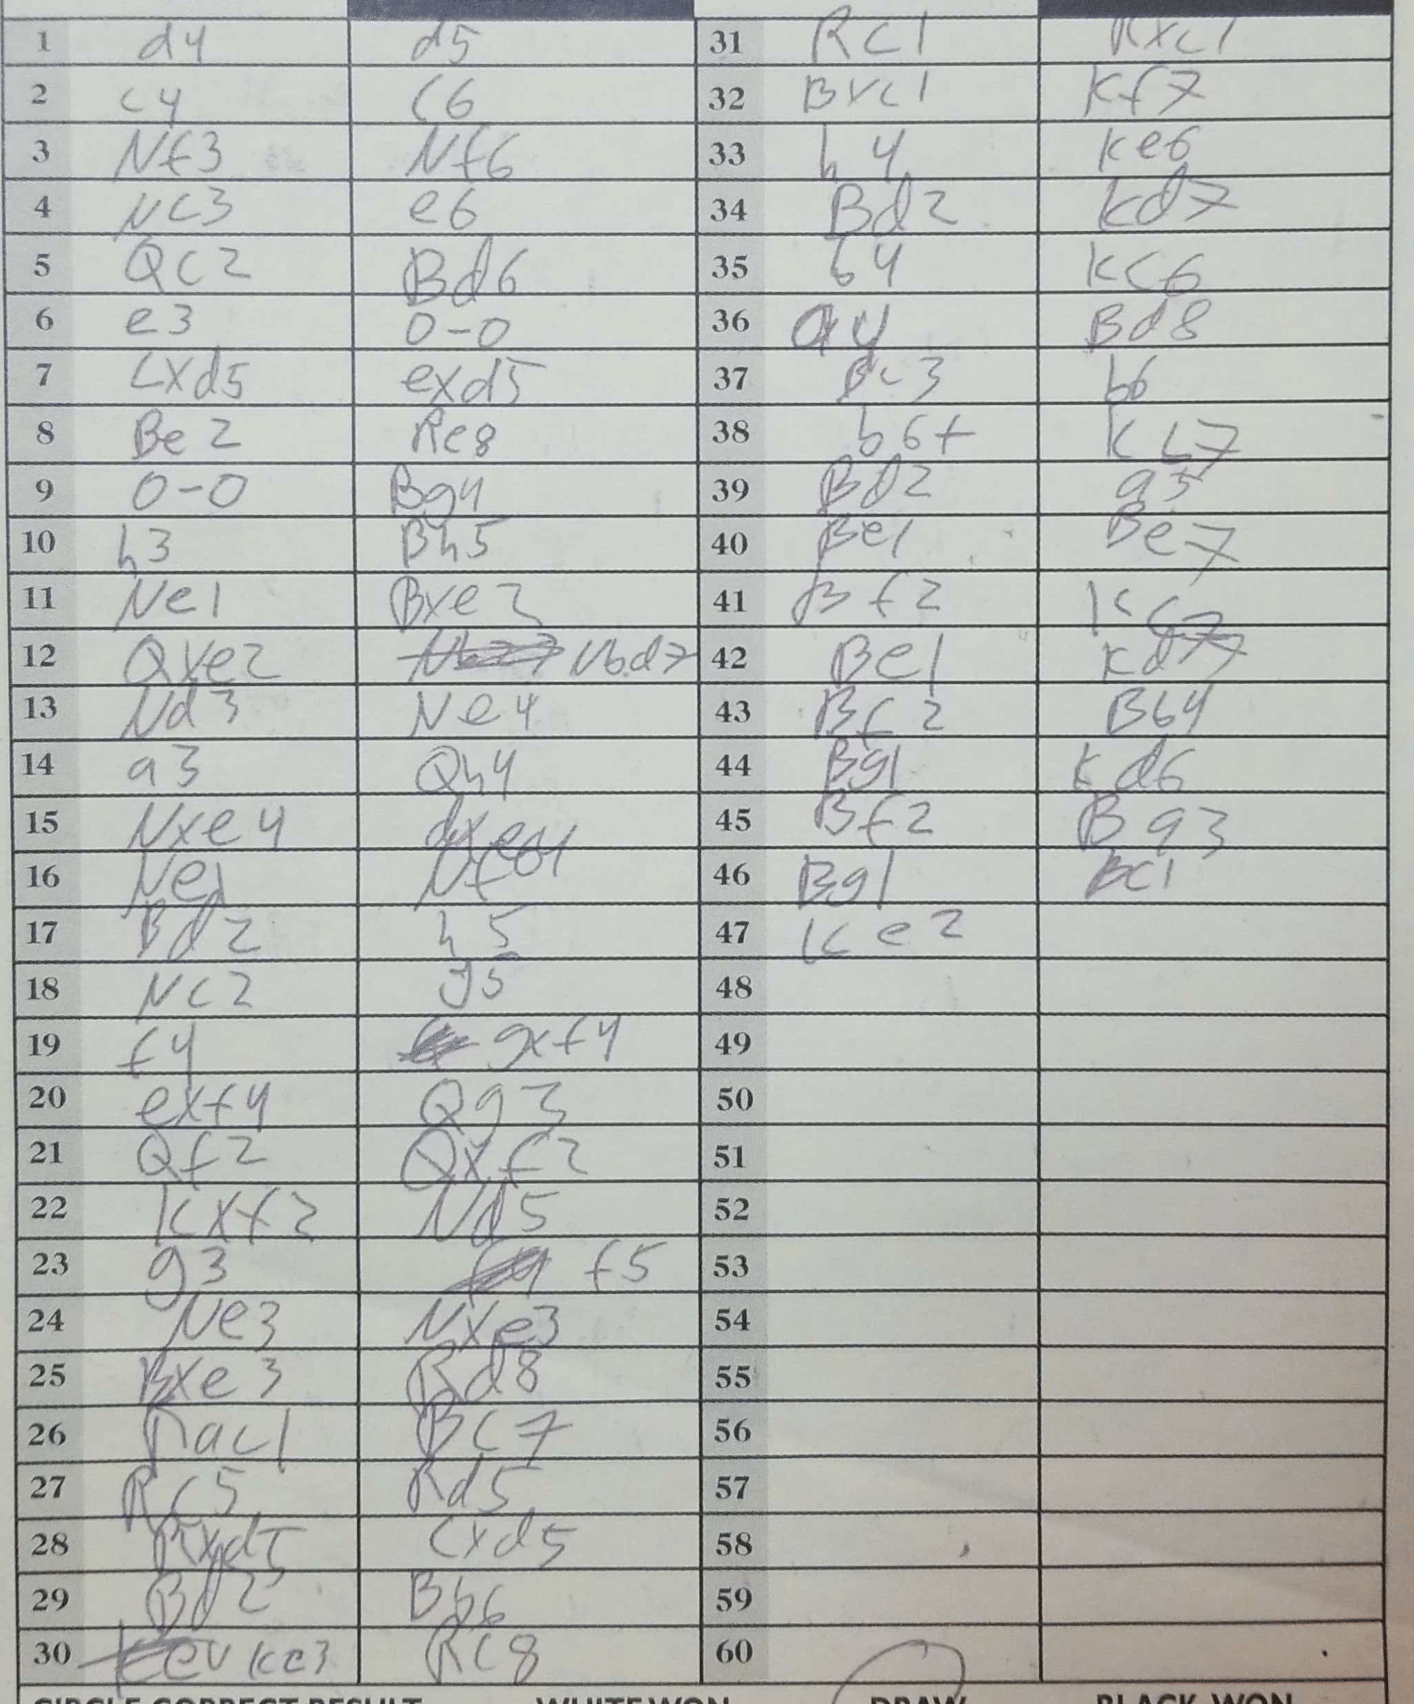
Moves: d4 d5 c4 c6 Nf3 Nf6 Nc3 e6 Qc2 Bd6 e3 O-O cxd5 exd5 Be2 Re8 O-O Bg4 h3 Bh5 Ne1 Bxe2 Qxe2 Nbd7 Nd3 Ne4 a3 Qh4 Nxe4 dxe4 Ne1 Nf8 Bd2 h5 Nc2 g5 f4 gxf4 exf4 Qg3 Qf2 Qxf2 Kxf2 Nd5 g3 f5 Ne3 Nxe3 Bxe3 Rd8 Rac1 Bc7 Rc5 Rd5 Rxd5 cxd5 Bd2 Bb6 Kc3 Rc8 Rc1 Rxc1 Bxc1 Kf7 h4 Ke6 Bd2 Kd7 b4 Kc6 a4 Bd8 Bc3 b6 b6+ Kb7 Bd2 a5 Be1 Be7 Bf2 Kc7 Be1 Kd7 Bf2 Bb4 Bg1 Kd6 Bf2 Bg3 Bg1 Bc1 Ke2